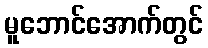
မူဘောင်အောက်တွင်